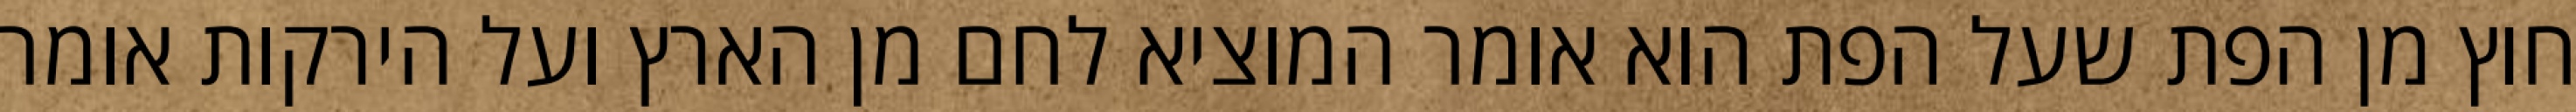
חוץ מן הפת שעל הפת הוא אומר המוציא לחם מן הארץ ועל הירקות אומר